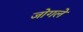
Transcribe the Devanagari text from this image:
जोगले